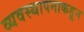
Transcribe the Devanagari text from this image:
व्यवस्थापनाकडून